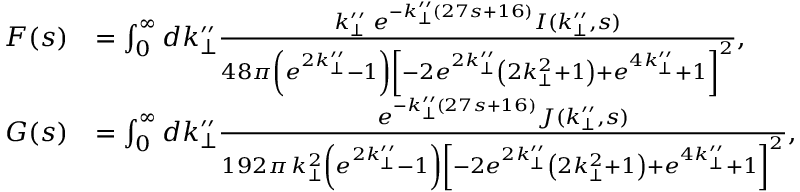
\begin{array} { r l } { F ( s ) } & { = \int _ { 0 } ^ { \infty } d k _ { \perp } ^ { \prime \prime } \frac { k _ { \perp } ^ { \prime \prime } \, \, e ^ { - k _ { \perp } ^ { \prime \prime } ( 2 7 s + 1 6 ) } I ( k _ { \perp } ^ { \prime \prime } , s ) } { 4 8 \pi \left( e ^ { 2 k _ { \perp } ^ { \prime \prime } } - 1 \right) \left[ - 2 e ^ { 2 k _ { \perp } ^ { \prime \prime } } \left( 2 k _ { \perp } ^ { 2 } + 1 \right) + e ^ { 4 k _ { \perp } ^ { \prime \prime } } + 1 \right] ^ { 2 } } , } \\ { G ( s ) } & { = \int _ { 0 } ^ { \infty } d k _ { \perp } ^ { \prime \prime } \frac { e ^ { - k _ { \perp } ^ { \prime \prime } ( 2 7 s + 1 6 ) } J ( k _ { \perp } ^ { \prime \prime } , s ) } { 1 9 2 \pi \, k _ { \perp } ^ { 2 } \left( e ^ { 2 k _ { \perp } ^ { \prime \prime } } - 1 \right) \left[ - 2 e ^ { 2 k _ { \perp } ^ { \prime \prime } } \left( 2 k _ { \perp } ^ { 2 } + 1 \right) + e ^ { 4 k _ { \perp } ^ { \prime \prime } } + 1 \right] ^ { 2 } } , } \end{array}